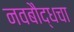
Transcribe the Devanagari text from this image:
नवबौद्धचा